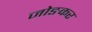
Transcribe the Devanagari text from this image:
जोङकर